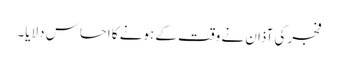
فجر کی آذان نے وقت کے ہونے کا احساس دلایا۔